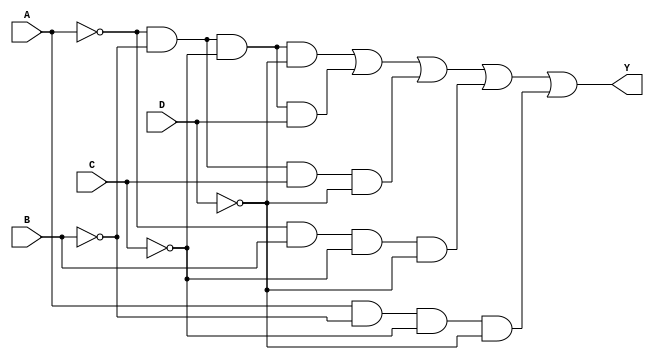
module combinational_logic_block (
    input wire A,
    input wire B,
    input wire C,
    input wire D,
    output wire Y
);

// Define minterms for the desired logic function
// Example: Minterms for Y = A'B'C'D' + A'B'C'D + A'BC'D' + AB'C'D'
wire m0, m1, m2, m3, m4, m5, m6, m7, m8, m9, m10, m11, m12, m13, m14, m15;

// Generate minterms
assign m0 = ~A & ~B & ~C & ~D; // 0000
assign m1 = ~A & ~B & ~C & D;  // 0001
assign m2 = ~A & ~B & C & ~D;  // 0010
assign m3 = ~A & ~B & C & D;   // 0011
assign m4 = ~A & B & ~C & ~D;  // 0100
assign m5 = ~A & B & ~C & D;   // 0101
assign m6 = ~A & B & C & ~D;    // 0110
assign m7 = ~A & B & C & D;     // 0111
assign m8 = A & ~B & ~C & ~D;   // 1000
assign m9 = A & ~B & ~C & D;    // 1001
assign m10 = A & ~B & C & ~D;   // 1010
assign m11 = A & ~B & C & D;    // 1011
assign m12 = A & B & ~C & ~D;   // 1100
assign m13 = A & B & ~C & D;    // 1101
assign m14 = A & B & C & ~D;    // 1110
assign m15 = A & B & C & D;     // 1111

// Combine minterms to form the output Y
assign Y = m0 | m1 | m2 | m4 | m8; // Example output expression based on selected minterms

endmodule